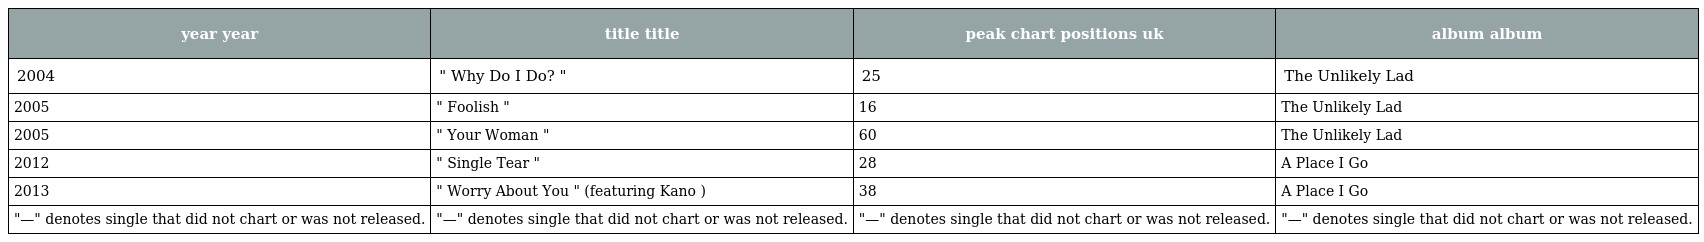
| year year | title title | peak chart positions uk | album album |
 | --- | --- | --- | --- |
 | 2004 | " Why Do I Do? " | 25 | The Unlikely Lad |
 | 2005 | " Foolish " | 16 | The Unlikely Lad |
 | 2005 | " Your Woman " | 60 | The Unlikely Lad |
 | 2012 | " Single Tear " | 28 | A Place I Go |
 | 2013 | " Worry About You " (featuring Kano ) | 38 | A Place I Go |
 | "—" denotes single that did not chart or was not released. | "—" denotes single that did not chart or was not released. | "—" denotes single that did not chart or was not released. | "—" denotes single that did not chart or was not released. |